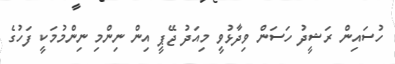
ހުސައިން ރަޝީދު ހަސަން ވިދާޅުވީ މިއަދު ޖޭޕީ އިން ނިންމި ނިންމުމަކީ ފަހުގެ